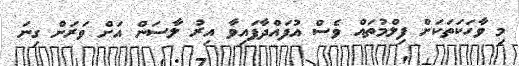
މި ވާހަކަތަކަށް ފިލްމުތައް ވެސް އުފައްދާފައިވާ އިރު ލާސަން އަށް ވަރަށް ގިނަ